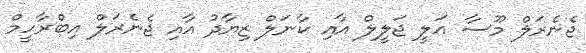
ޖެނެރަލް މޫސާ އަލީ ޖަލީލް އާއި ކާނަލް ޒިޔާދު އާއި ޖެނެރަލް އިބްރާހީމް